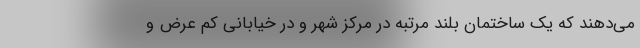
می‌دهند که یک ساختمان بلند مرتبه در مرکز شهر و در خیابانی کم عرض و